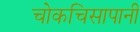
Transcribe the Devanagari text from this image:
चोकचिसापानी